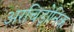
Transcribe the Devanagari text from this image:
अरचिड़ोनिक